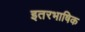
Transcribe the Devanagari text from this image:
इतरभाषिक